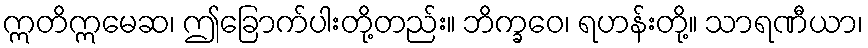
ဣတိဣမေဆ၊ ဤခြောက်ပါးတို့တည်း။ ဘိက္ခဝေ၊ ရဟန်းတို့။ သာရဏီယာ၊